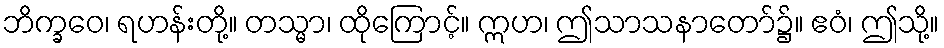
ဘိက္ခဝေ၊ ရဟန်းတို့။ တသ္မာ၊ ထိုကြောင့်။ ဣဟ၊ ဤသာသနာတော်၌။ ဧဝံ၊ ဤသို့။